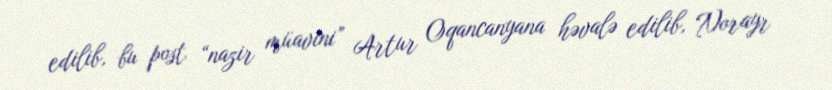
edilib, bu post “nazir müavini” Artur Oqancanyana həvalə edilib, Norayr